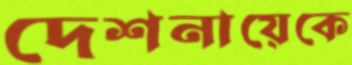
দেশনায়েকে